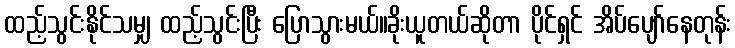
ထည့်သွင်းနိုင်သမျှ ထည့်သွင်းပြီး ပြောသွားမယ်။ခိုးယူတယ်ဆိုတာ ပိုင်ရှင် အိပ်ပျော်နေတုန်း